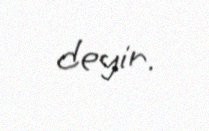
deyir.